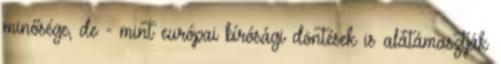
minősége, de - mint európai bírósági döntések is alátámasztják